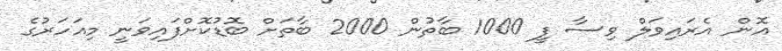
އޮން އެރައިވަލް ވިސާ ފީ 1000 ބާތުން 2000 ބާތަށް ބޮޑުކޮށްފައިވަނީ މިއަހަރުގެ